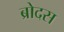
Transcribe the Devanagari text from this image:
ब्रोदस